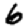
Digit: 6